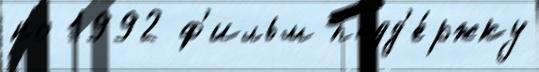
но 1992 ф'ильм подд'е́ржку